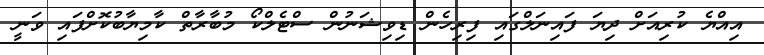
އިއްޔެ ކުރިއަށް ދިޔަ ފައިނަލްގައި ފިރިހެން ޑިވިޝަނުން ސްޓެލްކޯ މުބާރާތް ކާމިޔާބުކޮށްފައި ވަނީ